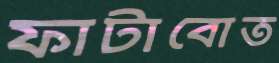
ফাটাবোত